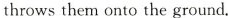
throws them onto the ground.